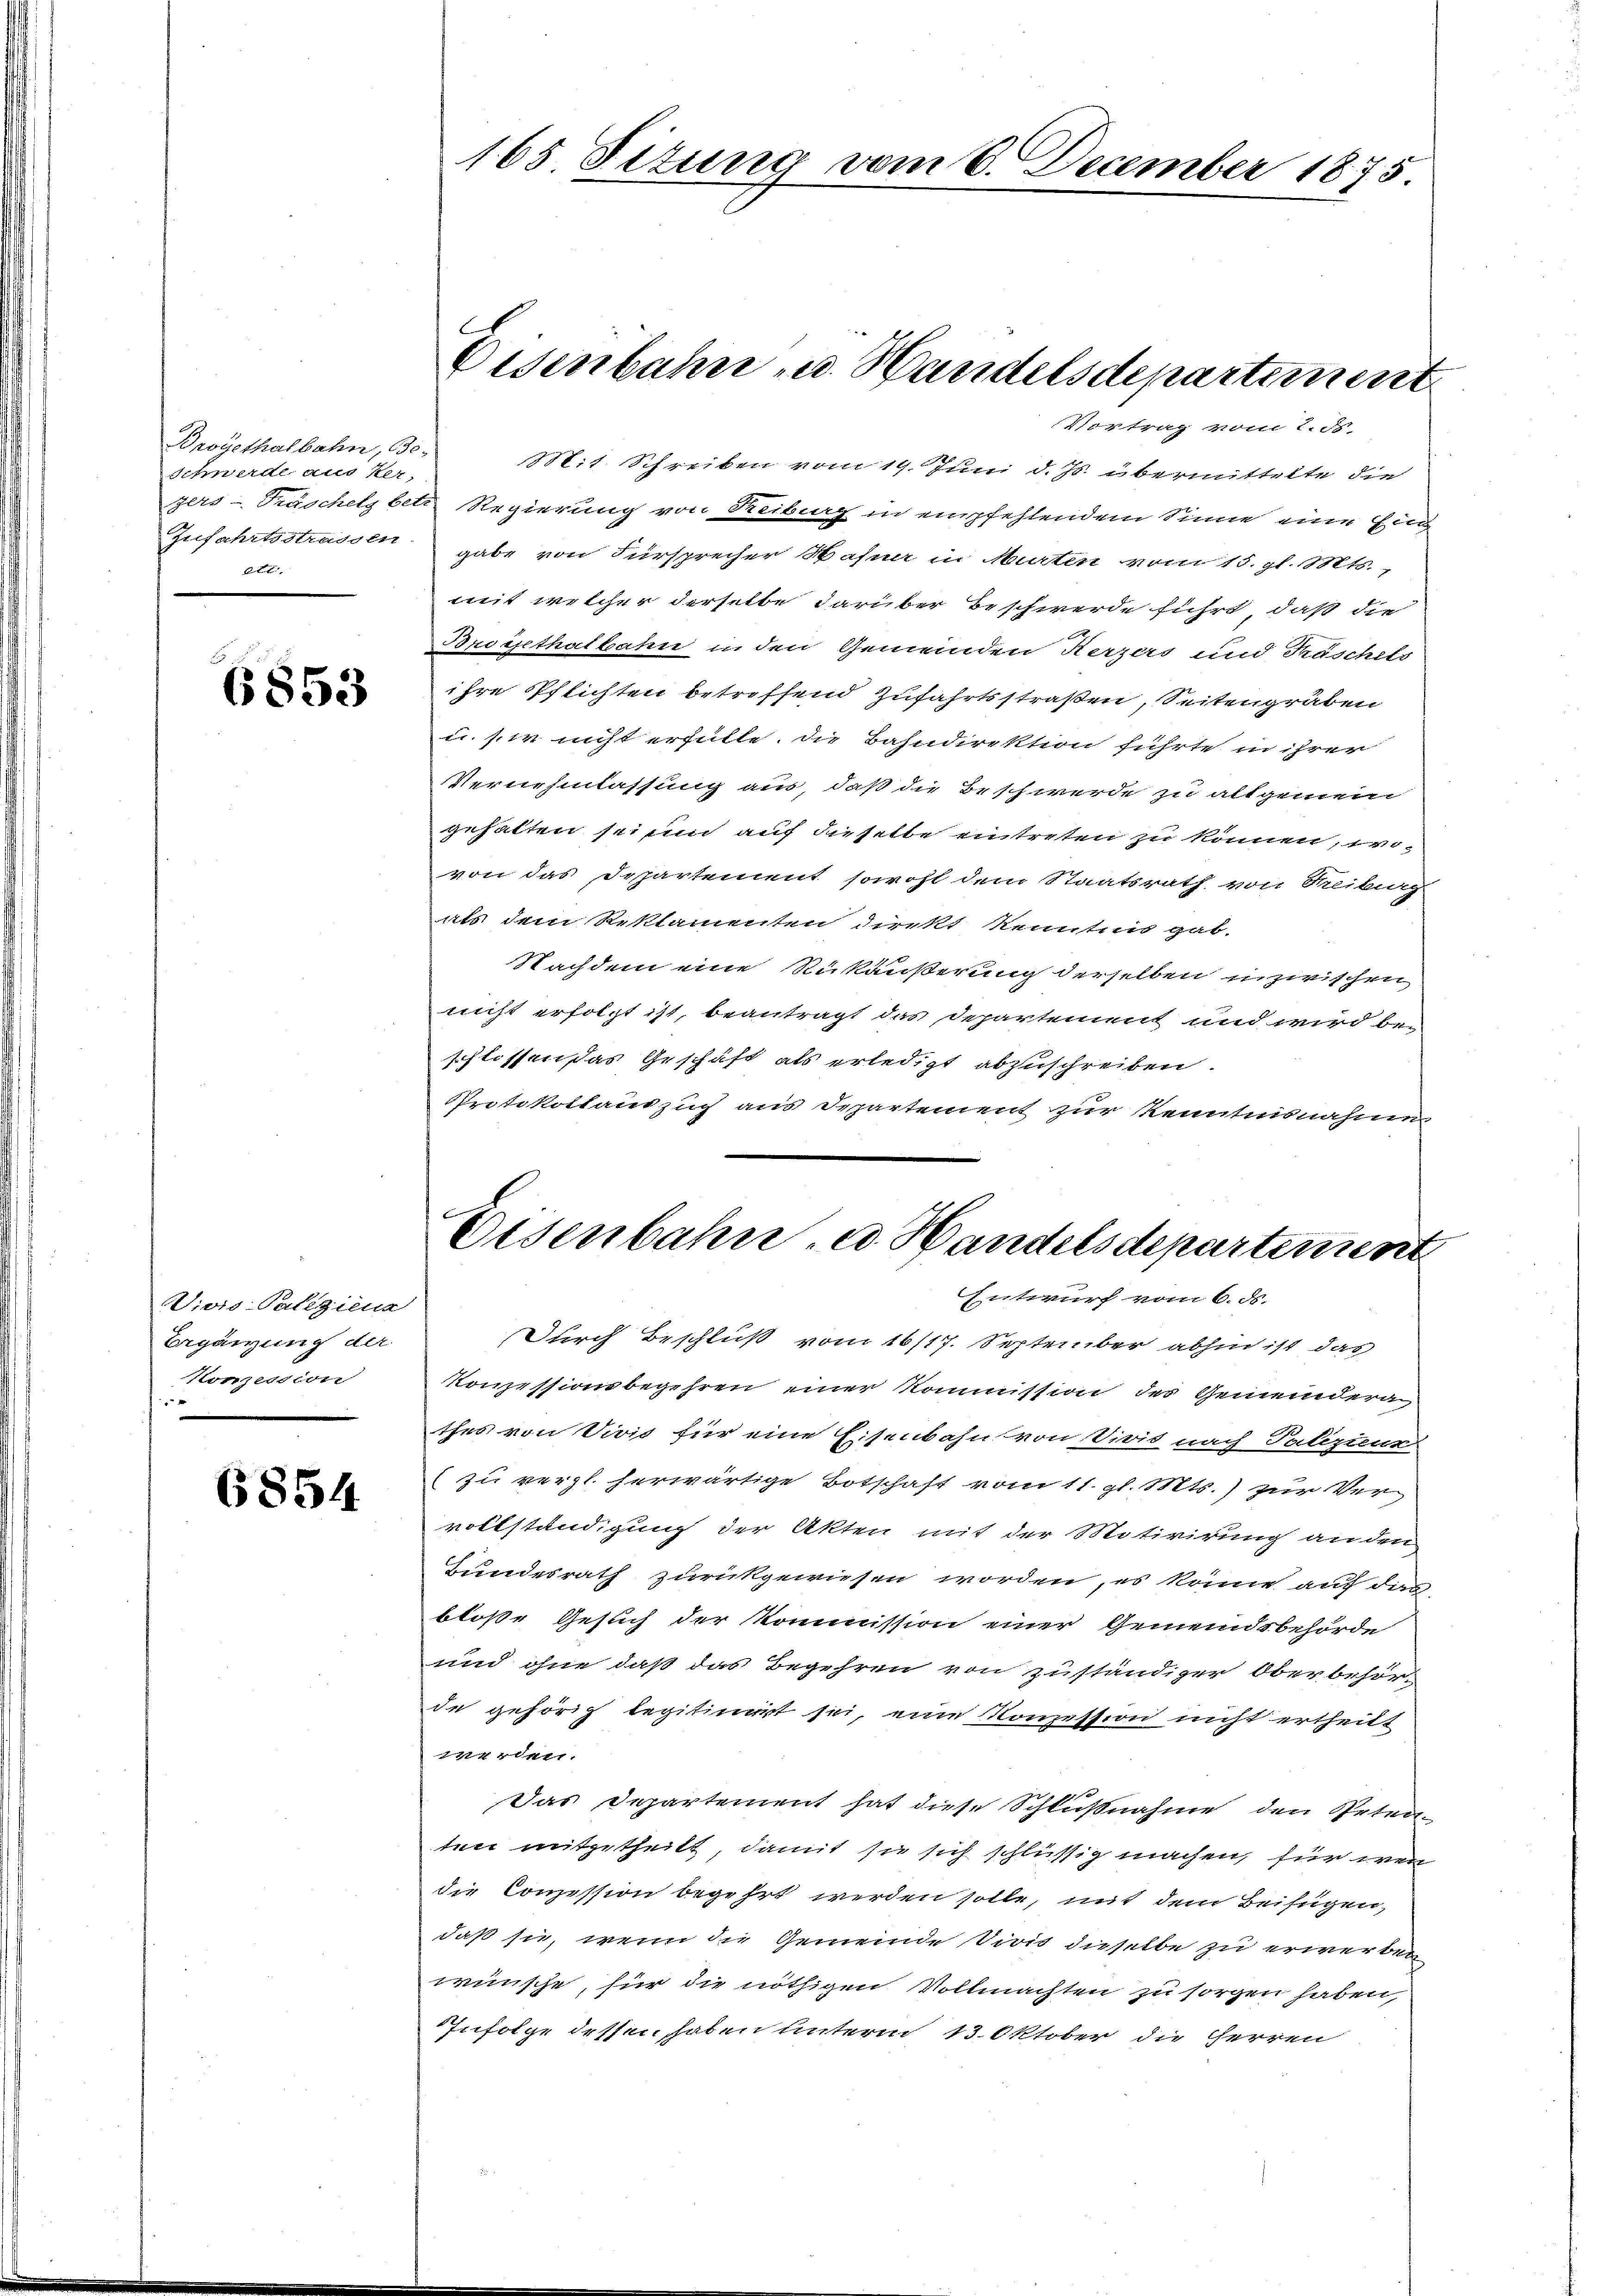
Broyethalbahn, Be-
Schwerde aus ker,
zers - Trüschels betr.
Zufahrtsstrassen
8xx

6853

Vivis: Paliziena
Ergänzung der
Konzession

6854.

165 Situng vom 6. December 1875

Eisenbahn u. Handelsdepartement

Vortrag vom 2. Fr.
Mit. Schreiben vom 19. Juni d. Js. übermittelte die
Regierung von Reibag in empfehlendem Sinne eine Eind
gabe von Fürsprecher Wahne in Murten vom 15. gl. Mts.,
mit welcher derselbe darüber Beschwerde führt, daß die
Broysethalbahn in den Gemeinden Kerzers und Träschels
ihre Pflichten betreffend Zufahrtsstraßen, Seitengräben
u. sie nicht erfülle. Die Bahndirektion führte in ihrer
Vernehmlassung aus, daß die Beschwerde zu altgemein
gehalten sei un auf dieselbe eintreten zu können, wovon das Departement sowohl dem Staatsrath von Treiburg
als dem Reklamenten direkt Kenntnis gab.
Nachdem eine Rükäußerung derselben inzwischen,
nicht erfolgt ist, beantragt das Departement und wird be-
schlossen das Geschäft als erledigt abzuschreiben.
Protokollauszug aus Departement zur Kenntnisnahmen¬

Eisenbahn, u. Handelsdepartement
Entwurf vom 6. ds.

Durch Beschluß vom 16/17. September abhin ist das
Konzessionsbegehren einer Kommission des Gemeindera
thes von Vivis für eine Eisenbahn von Sivis nach Palezten
(zu vergl. herwärtige Botschaft vom 11. gl. Mts.) zur Vervollständigung der Akten mit der Motivirung anden
Bundesrath zurückgewiesen worden, es könne auf das
bloße Gesuch der Kommission einer Gemeindsbehörde
und ohne daß das Begehren von zuständiger Ober behörde gehörig legitinirt sei, eine Konzession nicht ertheilt
erden.
Das Departement hat diese Schlußnahme den Petenten mitgetheilt, damit sie sich schlüssig machen, für wen
die Conzession begehrt werden solle, mit dem Beifügen,
daß sie, wenn die Gemeinde Divis dieselbe zu erwerben
wünsche, für die nöthigen Vollmachten zu sorgen haben,
Infolge dessen haben unterm 13. Oktober die Herren